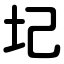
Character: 圮